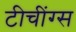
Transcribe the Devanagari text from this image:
टीचींग्स